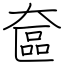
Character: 奩